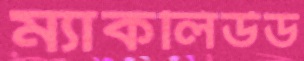
ম্যাকলিউড